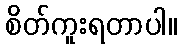
စိတ်ကူးရတာပါ။